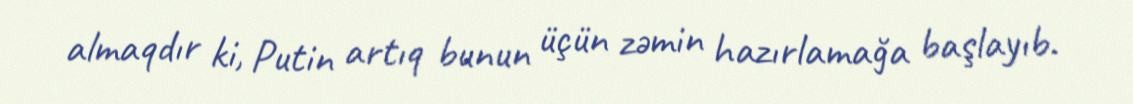
almaqdır ki, Putin artıq bunun üçün zəmin hazırlamağa başlayıb.